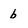
Character: b